Treatise on elephants
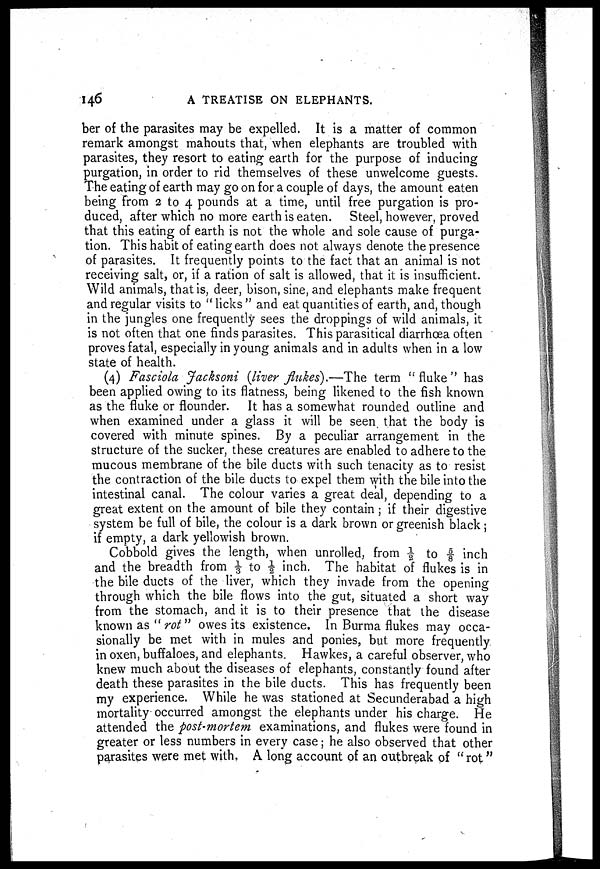
146
A TREATISE ON ELEPHANTS.
ber of the parasites may be expelled. It is a matter of common
remark amongst mahouts that, when elephants are troubled with
parasites, they resort to eating earth for the purpose of inducing
purgation, in order to rid themselves of these unwelcome guests.
The eating of earth may go on for a couple of days, the amount eaten
being from 2 to 4 pounds at a time, until free purgation is pro
duced, after which no more earth is eaten. Steel, however, proved
that this eating of earth is not the whole and sole cause of purga
tion. This habit of eating earth does not always denote the presence
of parasites. It frequently points to the fact that an animal is not
receiving salt, or, if a ration of salt is allowed, that it is insufficient.
Wild animals, that is, deer, bison, sine, and elephants make frequent
and regular visits to "licks" and eat quantities of earth, and, though
in the jungles one frequently sees the droppings of wild animals, it
is not often that one finds parasites. This parasitical diarrhoea often
proves fatal, especially in young animals and in adults when in a low
state of health.
(4) Fasciola Jacksoni (liver flukes).—The term "fluke" has
been applied owing to its flatness, being likened to the fish known
as the fluke or flounder. It has a somewhat rounded outline and
when examined under a glass it will be seen that the body is
covered with minute spines. By a peculiar arrangement in the
structure of the sucker, these creatures are enabled to adhere to the
mucous membrane of the bile ducts with such tenacity as to resist
the contraction of the bile ducts to expel them with the bile into the
intestinal canal. The colour varies a great deal, depending to a
great extent on the amount of bile they contain ; if their digestive
system be full of bile, the colour is a dark brown or greenish black;
if empty, a dark yellowish brown.
Cobbold gives the length, when unrolled, from ½ to ⅝ inch
and the breadth from ⅓ to ½ inch. The habitat of flukes is in
the bile ducts of the liver, which they invade from the opening
through which the bile flows into the gut, situated a short way
from the stomach, and it is to their presence that the disease
known as "rot" owes its existence. In Burma flukes may occa
sionally be met with in mules and ponies, but more frequently
in oxen, buffaloes, and elephants. Hawkes, a careful observer, who
knew much about the diseases of elephants, constantly found after
death these parasites in the bile ducts. This has frequently been
my experience. While he was stationed at Secunderabad a high
mortality occurred amongst the elephants under his charge. He
attended the post-mortem examinations, and flukes were found in
greater or less numbers in every case ; he also observed that other
parasites were met with. A long account of an outbreak of "rot"